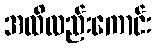
အထိလည်းကောင်း